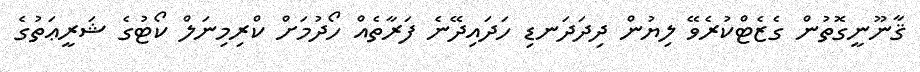
ޤާނޫނީގޮތުން ގެޒެޓްކުރެވޭ ލިޔުން ދިދަދަނޑި ހަދައިދޭނެ ފަރާތެއް ހޯދުމަށް ކްރިމިނަލް ކޯޓުގެ ޝަރީޢަތުގެ